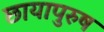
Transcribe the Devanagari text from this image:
छायापुरुष